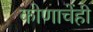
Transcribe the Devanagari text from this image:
कोणाचेंही